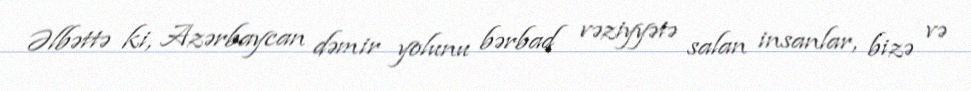
Əlbəttə ki, Azərbaycan dəmir yolunu bərbad vəziyyətə salan insanlar, bizə və